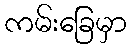
ကမ်းခြေမှာ